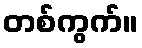
တစ်ကွက်။